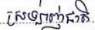
ស្រឡាញ់ជាតិ